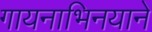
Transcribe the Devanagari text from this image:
गायनाभिनयाने